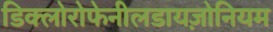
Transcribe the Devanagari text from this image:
डिक्लोरोफेनीलडायज़ोनियम